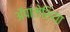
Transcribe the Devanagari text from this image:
ॲपालेशिया